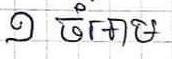
១ ចំអាម